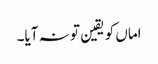
اماں کو یقین تو نہ آیا۔